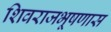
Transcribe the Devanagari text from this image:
शिवराजभूषणास